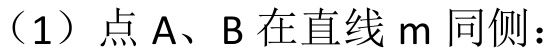
（1）点 \(A、B\) 在直线 \(m\) 同侧：